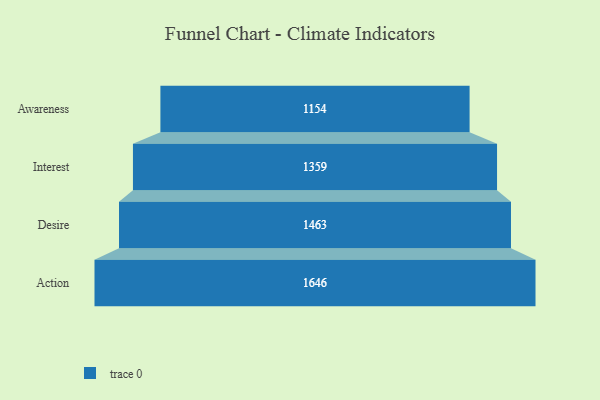
{"axis": {"x": "Stage", "y": "Value"}, "legend": [""], "data": [{"x": "Awareness", "y": 1154.0, "type": ""}, {"x": "Interest", "y": 1359.0, "type": ""}, {"x": "Desire", "y": 1463.0, "type": ""}, {"x": "Action", "y": 1646.0, "type": ""}]}